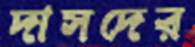
দাসদের